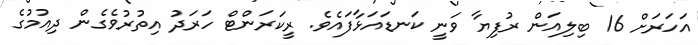
އަހަރަށް 16 ބިލިއަން ރުފިޔާ ވަނީ ކަނޑައަޅާފައެވެ. ރީކަރަންޓް ހަރަދު އިތުރުވެގެން ދިއުމުގެ